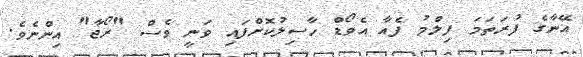
އޭނާގެ ފުރަތަމަ ފިލްމު ފެއާ އެވޯޑް ހާސިލުކޮށްފައި ވަނީ ވެސް "ރޯޖާ" އިންނެވެ.